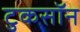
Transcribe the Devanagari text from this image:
टुकसॉन